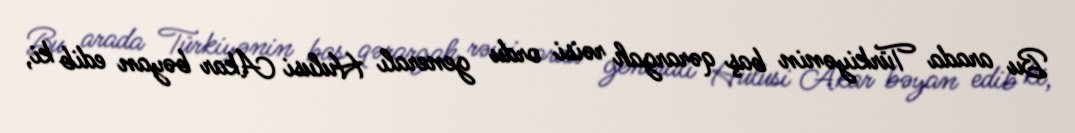
Bu arada Türkiyənin baş qərargah rəisi ordu generalı Hulusi Akar bəyan edib ki,